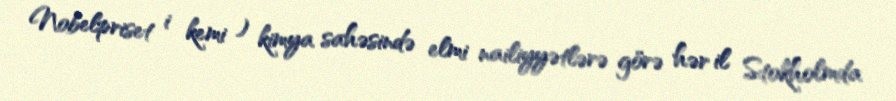
Nobelpriset i kemi ) kimya sahəsində elmi nailiyyətlərə görə hər il Stokholmda